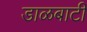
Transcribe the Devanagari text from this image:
डाळबाटी